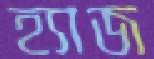
হ্যাজ